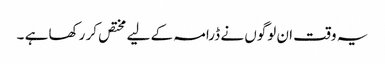
یہ وقت ان لوگوں نے ڈرامہ کے لیے مختص کر رکھا ہے ۔